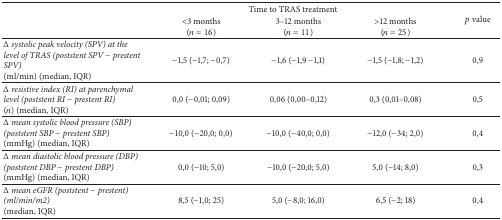
<table><thead><tr><td rowspan="2"><b> </b></td><td colspan="3"><b> Time to TRAS treatment</b></td><td rowspan="2"><b><i>p</i> value</b></td></tr><tr><td><b>&lt;3 months(<i>n</i> = 16)</b></td><td><b>3–12 months(<i>n</i> = 11)</b></td><td><b>&gt;12 months(<i>n</i> = 25)</b></td></tr></thead><tbody><tr><td><i>Δ systolic peak velocity (SPV) at the level of TRAS (poststent SPV − prestent SPV)</i>(ml/min) (median, IQR)</td><td>−1,5 (−1,7; −0,7)</td><td>−1,6 (−1,9 −1,1)</td><td>−1,5 (−1,8; −1,2)</td><td>0,9</td></tr><tr><td><i>Δ resistive index (RI) at parenchymal level (poststent RI − prestent RI)</i>(<i>n</i>) (median, IQR)</td><td>0,0 (−0,01; 0,09)</td><td>0,06 (0,00–0,12)</td><td>0,3 (0,01–0,08)</td><td>0,5</td></tr><tr><td><i>Δ mean systolic blood pressure (SBP) (poststent SBP − prestent SBP)</i>(mmHg) (median, IQR)</td><td>−10,0 (−20,0; 0,0)</td><td>−10,0 (−40,0; 0,0)</td><td>−12,0 (−34; 2,0)</td><td>0,4</td></tr><tr><td><i>Δ mean diastolic blood pressure (DBP) (poststent DBP − prestent DBP)</i>(mmHg) (median, IQR)</td><td>0,0 (−10; 5,0)</td><td>−10,0 (−20,0; 5,0)</td><td>5,0 (−14; 8,0)</td><td>0,3</td></tr><tr><td><i>Δ mean eGFR (poststent − prestent) (ml/min/m2)</i>(median, IQR)</td><td>8,5 (−1,0; 25)</td><td>5,0 (−8,0; 16,0)</td><td>6,5 (−2; 18)</td><td>0,4</td></tr></tbody></table>